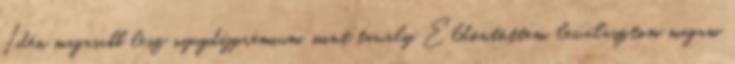
Idén magasabb lesz nyugdíjprémium, mint tavaly Eldöntöttem, leválasztom magam